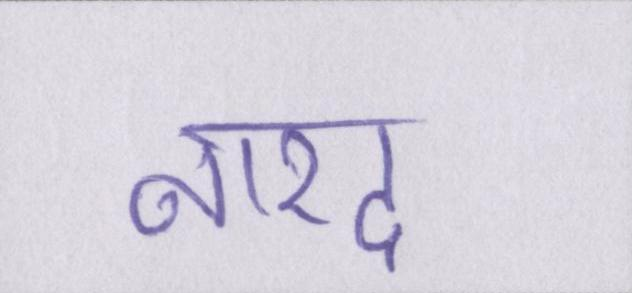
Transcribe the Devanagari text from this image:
नारद